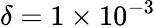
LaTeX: \delta=1\times 10^{-3}